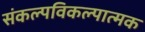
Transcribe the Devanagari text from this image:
संकल्पविकल्पात्मक